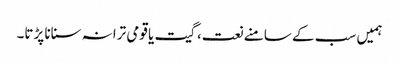
ہمیں سب کے سامنے نعت، گیت یا قومی ترانہ سنانا پڑتا۔